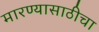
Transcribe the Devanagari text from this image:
मारण्यासाठीचा